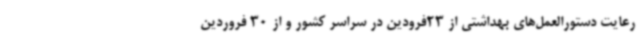
رعایت دستورالعمل‌های بهداشتی از 23فرودین در سراسر کشور و از 30 فروردین